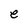
Character: e